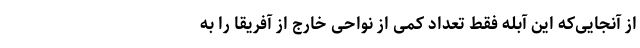
از آنجایی‌که این آبله فقط تعداد کمی از نواحی خارج از آفریقا را به